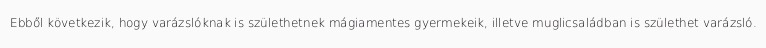
Ebből következik, hogy varázslóknak is születhetnek mágiamentes gyermekeik, illetve muglicsaládban is születhet varázsló.